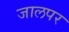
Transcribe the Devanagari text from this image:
जालपर